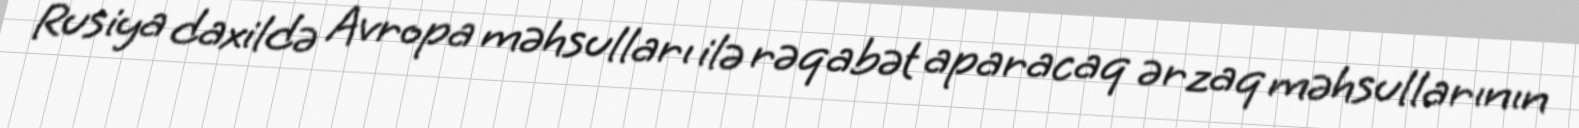
Rusiya daxildə Avropa məhsulları ilə rəqabət aparacaq ərzaq məhsullarının